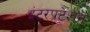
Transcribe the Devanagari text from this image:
इंटरप्रटेशन